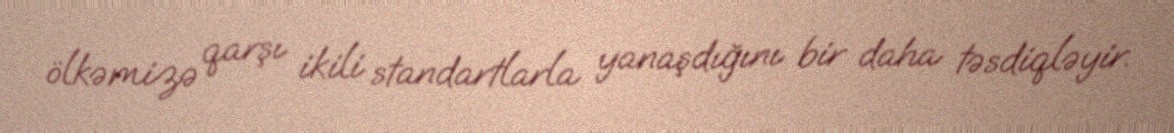
ölkəmizə qarşı ikili standartlarla yanaşdığını bir daha təsdiqləyir.